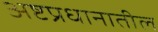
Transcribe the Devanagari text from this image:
अष्टप्रधानातील